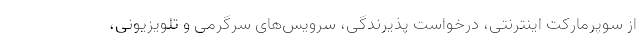
از سوپرمارکت اینترنتی، درخواست پذیرندگی، سرویس‌های سرگرمی و تلویزیونی،